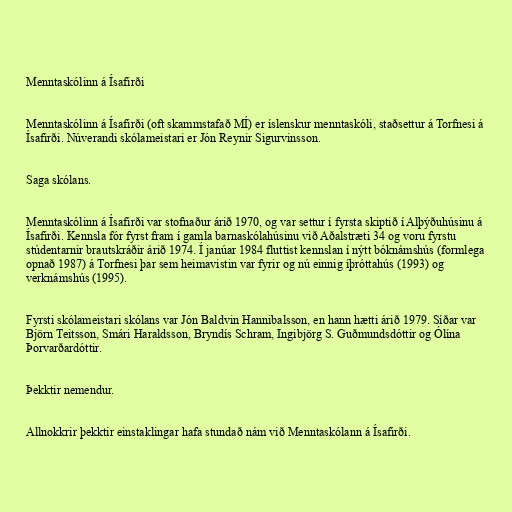
Menntaskólinn á Ísafirði

Menntaskólinn á Ísafirði (oft skammstafað MÍ) er íslenskur menntaskóli, staðsettur á Torfnesi á
Ísafirði. Núverandi skólameistari er Jón Reynir Sigurvinsson.

Saga skólans.

Menntaskólinn á Ísafirði var stofnaður árið 1970, og var settur í fyrsta skiptið í Alþýðuhúsinu á
Ísafirði. Kennsla fór fyrst fram í gamla barnaskólahúsinu við Aðalstræti 34 og voru fyrstu
stúdentarnir brautskráðir árið 1974. Í janúar 1984 fluttist kennslan í nýtt bóknámshús (formlega
opnað 1987) á Torfnesi þar sem heimavistin var fyrir og nú einnig íþróttahús (1993) og
verknámshús (1995).

Fyrsti skólameistari skólans var Jón Baldvin Hannibalsson, en hann hætti árið 1979. Síðar var
Björn Teitsson, Smári Haraldsson, Bryndís Schram, Ingibjörg S. Guðmundsdóttir og Ólína
Þorvarðardóttir.

Þekktir nemendur.

Allnokkrir þekktir einstaklingar hafa stundað nám við Menntaskólann á Ísafirði.